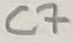
Text: C7